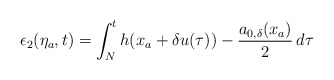
\begin{align*}\epsilon_2(\eta_a,t) = \int_N^t h(x_a+\delta u(\tau))-\dfrac{a_{0,\delta}(x_a)}{2}\,d\tau\end{align*}